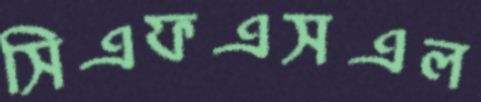
সিএফএসএল